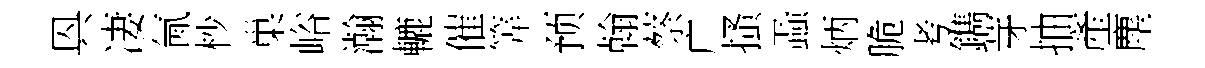
㒷凄氤杪巢峪瀚轆催筭预翰蔡广搔蝨炳脆考鐫芽抽產塵